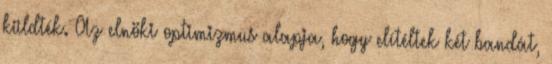
küldték. Az elnöki optimizmus alapja, hogy elítéltek két bandát,